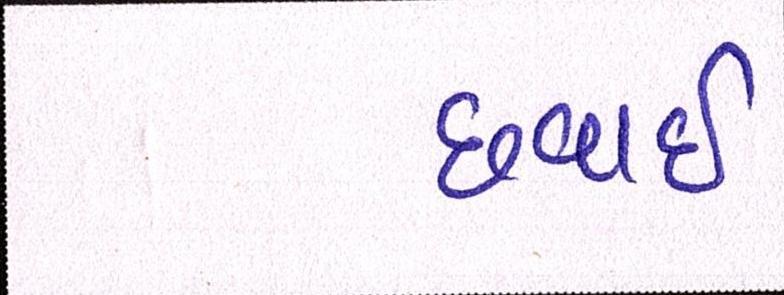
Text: છવાઇ